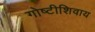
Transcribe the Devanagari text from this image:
गोष्टीशिवाय